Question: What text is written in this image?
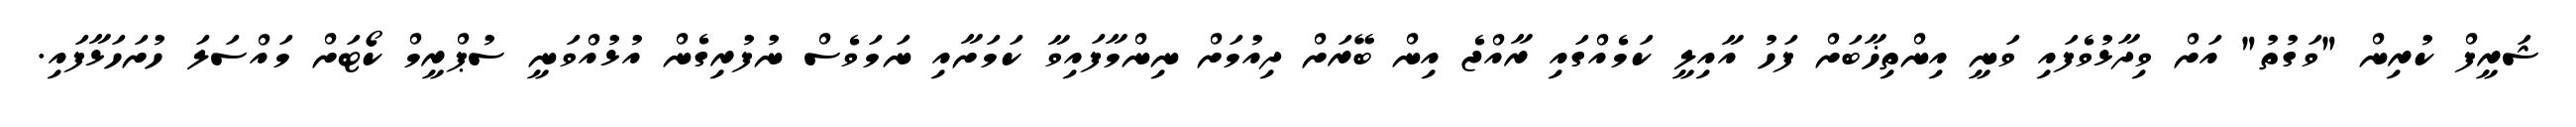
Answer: ޝަރީފް ކުރިން "ވަގުތު" އަށް ވިދާޅުވެފައި ވަނީ އިންތިޚާބަށް ފަހު އާއިލީ ކަމެއްގައި ރާއްޖެ އިން ބޭރަށް ދިއުމަށް ނިންމާފައިވާ ކަމަށާއި ނަމަވެސް ނުފުރިގެން އުޅުއްވަނީ ސުޕްރީމް ކޯޓަށް މައްސަލަ ހުށަހަޅާފައި.